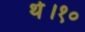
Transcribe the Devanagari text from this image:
थे।१०